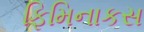
ફિમિનાકસ